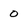
Character: 0